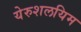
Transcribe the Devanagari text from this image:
येरुशलयिम